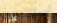
أستخدمت